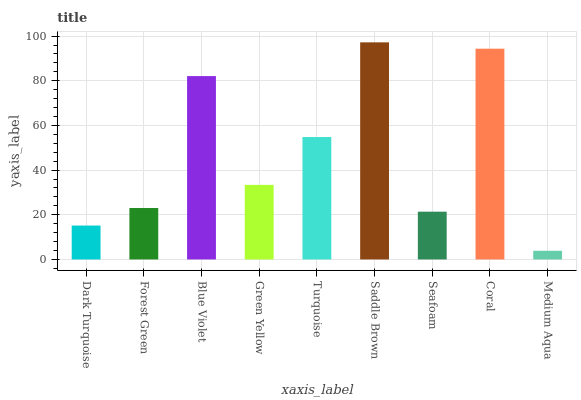
| xaxis_label | bars |
 | --- | --- |
 | Dark Turquoise | 15.2 |
 | Forest Green | 23 |
 | Blue Violet | 82.1 |
 | Green Yellow | 33.4 |
 | Turquoise | 54.8 |
 | Saddle Brown | 97.2 |
 | Seafoam | 21.4 |
 | Coral | 94.4 |
 | Medium Aqua | 3.88 |